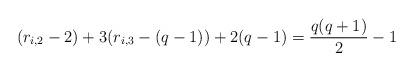
LaTeX: \begin{align*} & (r_{i,2}-2) + 3(r_{i,3} - (q-1)) + 2(q-1) = \frac{q(q+1)}{2} - 1\end{align*}